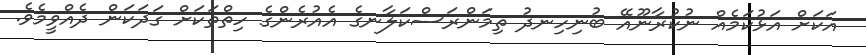
އަކަށް އަޅުކަމެއް ނުކުރާނޫއޭ ބުނިހިނދު ތިމަންރަސްކަލާނގެ އެއުރެންގެ ހިތްތަކަށް ގަދަކަން ދެއްވީމެވެ.